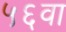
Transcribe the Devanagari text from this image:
५६वा